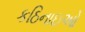
કઠિનાઇઓ